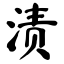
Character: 渍